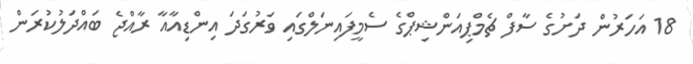
18 އަހަރުން ދަށުގެ ސާފް ޗެމްޕިއަންޝިޕްގެ ސެމީފައިނަލްގައި ވަރުގަދަ އިންޑިއާއާ ރާއްޖެ ބައްދަލުކުރަން